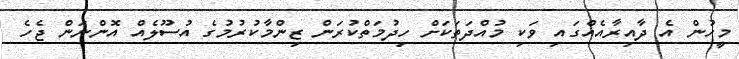
މީހުން އެ ދާއިރާއެއްގައި ވަކި މުއްދަތަކަށް ހިދުމަތްކުރަން ޒިންމާކުރުމުގެ އުސޫލެއް އޮންނަން ޖެހެ